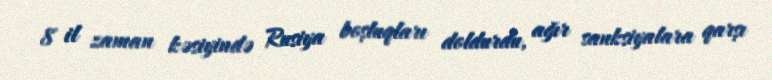
8 il zaman kəsiyində Rusiya boşluqları doldurdu, ağır sanksiyalara qarşı